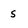
Character: S